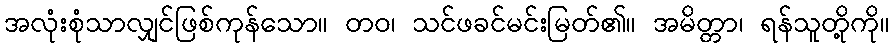
အလုံးစုံသာလျှင်ဖြစ်ကုန်သော။ တဝ၊ သင်ဖခင်မင်းမြတ်၏။ အမိတ္တာ၊ ရန်သူတို့ကို။